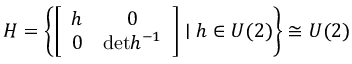
H = \left\{ \left[ \begin{array} { c c } { { h } } & { { 0 } } \\ { { 0 } } & { { \mathrm { d e t } h ^ { - 1 } } } \end{array} \right] \mid { h } \in { U } ( 2 ) \right\} \cong U ( 2 )